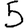
Digit: 5